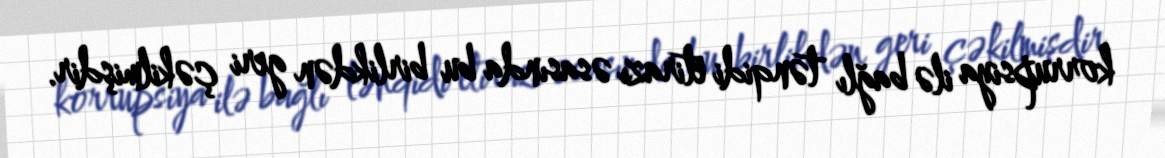
korrupsiya ilə bağlı tənqidi etirazı əsasında bu birlikdən geri çəkilmişdir.